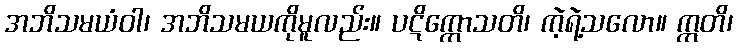
အဘိသမယံဝါ၊ အဘိသမယကိုမူလည်း။ ပဋိက္ကောသတိ၊ ကဲ့ရဲ့သလော။ ဣတိ၊